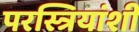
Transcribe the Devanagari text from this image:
परस्त्रियांशी